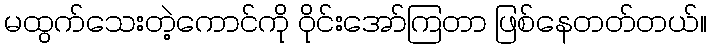
မထွက်သေးတဲ့ကောင်ကို ဝိုင်းအော်ကြတာ ဖြစ်နေတတ်တယ်။